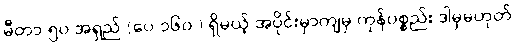
မီတာ ၅၀ အရှည် (ပေ ၁၆၀ ) ရှိမယ့် အပိုင်းမှာကျမှ ကုန်ပစ္စည်း ဒါမှမဟုတ်